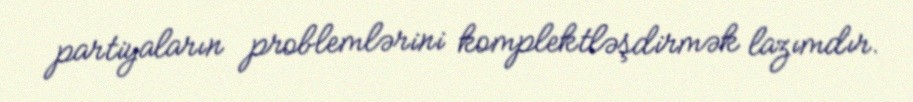
partiyaların problemlərini komplektləşdirmək lazımdır.